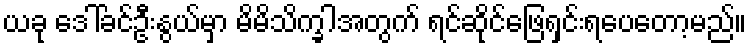
ယခု ဒေါ်ခင်ဦးနွယ်မှာ မိမိသိက္ခါအတွက် ရင်ဆိုင်ဖြေရှင်းရပေတော့မည်။